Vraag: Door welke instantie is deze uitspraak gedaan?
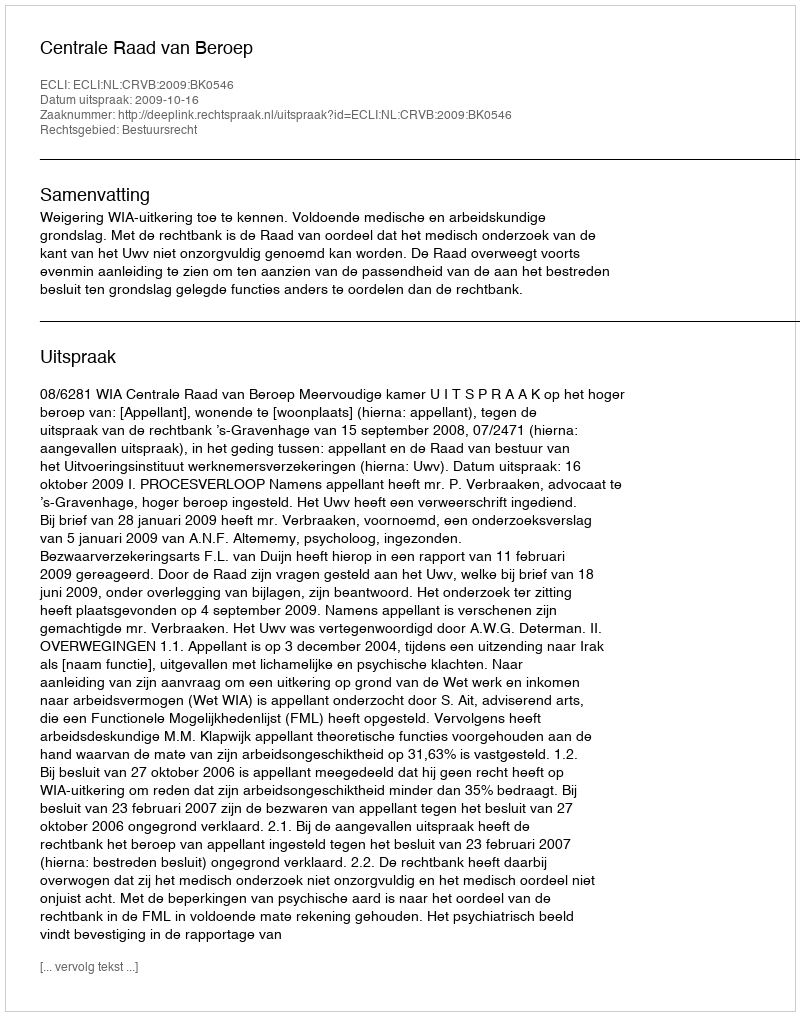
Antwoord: Centrale Raad van Beroep